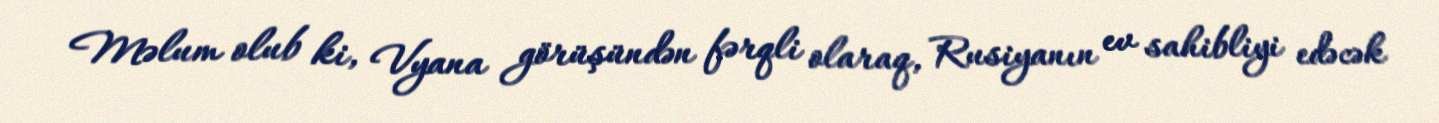
Məlum olub ki, Vyana görüşündən fərqli olaraq, Rusiyanın ev sahibliyi edəcək